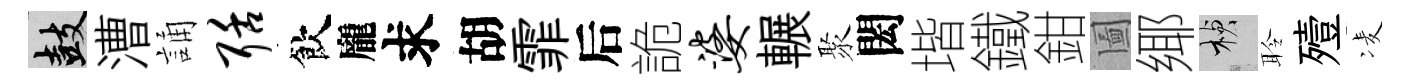
鼓漕誦聒飲龐求胡霏后詭婆輾聚閎堦鐵鉗圗鄊楨聆殪凌